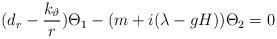
LaTeX: \begin{align*}(d_r-{\frac{k_\vartheta }r})\Theta _1-(m+i(\lambda -gH))\Theta_2=0\end{align*}